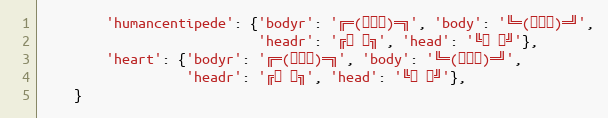
Language: Python
        'humancentipede': {'bodyr': '╔═(😷😷😷)═╗', 'body': '╚═(😷😷😷)═╝',
                           'headr': '╔⊙ ⊙╗', 'head': '╚⊙ ⊙╝'},
        'heart': {'bodyr': '╔═(❤️❤️❤️)═╗', 'body': '╚═(❤️❤️❤️)═╝',
                  'headr': '╔⊙ ⊙╗', 'head': '╚⊙ ⊙╝'},
    }